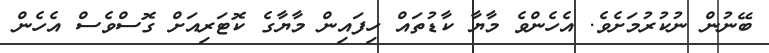
ބޭނުން ނުކުރުމަށެވެ. އެހެންވެ މާޔާ ކާޑުތައް ހިފައިން މާޔާގެ ކޮޓަރިއަށް ގޮސްވެސް އެހެން